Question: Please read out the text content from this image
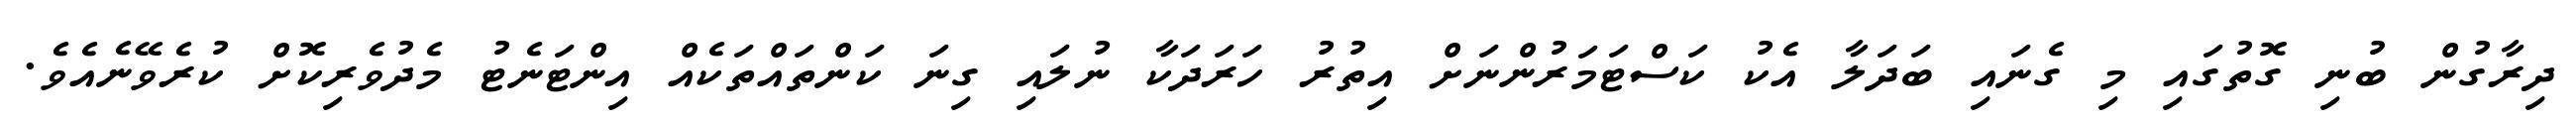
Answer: ދިރާގުން ބުނި ގޮތުގައި މި ގެނައި ބަދަލާ އެކު ކަސްޓަމަރުންނަށް އިތުރު ހަރަދަކާ ނުލައި ގިނަ ކަންތައްތަކެއް އިންޓަނެޓު މެދުވެރިކޮށް ކުރެވޭނެއެވެ.